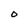
Character: O